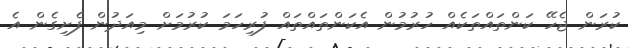
ކުރަން ޖެހޭ ކަންތައްތަކެއް ހުރުމުން އެކަންތައްތައް ފުރިހަމަ ކުރުމަށް މިއަދުން ފެށިގެން އެ